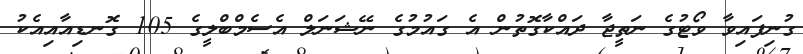
ގުނިފައިވާ ވޯޓުގެ ނަތީޖާ ދައްކާގޮތުން އެ ގައުމުގެ ނޭޝަނަލް އެސެމްބްލީގެ 105 ގޮނޑިއާއިއެކު